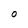
Character: 0